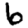
Digit: 6